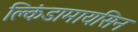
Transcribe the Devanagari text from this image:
क्लिंडामायसिन